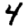
Digit: 4